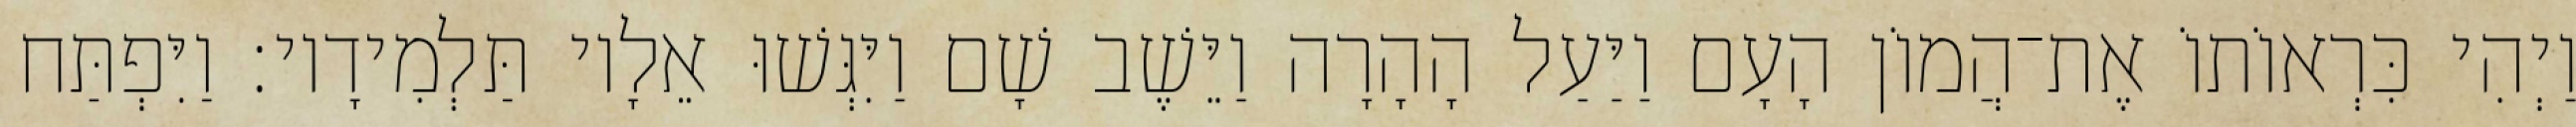
וַיְהִי כִּרְאוֹתוֹ אֶת־הֲמוֹן הָעָם וַיַּעַל הָהָרָה וַיֵּשֶׁב שָׁם וַיִּגְּשׁוּ אֵלָיו תַּלְמִידָיו׃ וַיִּפְתַּח